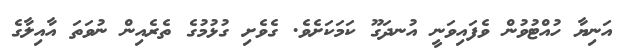
އަނިޔާ ހުއްޓުވުން ވެފައިވަނީ އުނދަގޫ ކަމަކަށެވެ. ގެވެށި ގުޅުމުގެ ތެރެއިން ނުވަތަ އާއިލާގެ